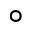
^ { \circ }